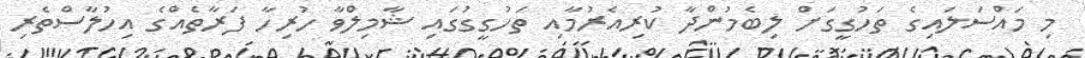
މި މައްސަލައިގެ ތަހުގީގަށް ލިބެމުންދާ ކުރިއެރުމާއި ތަހުގީގުގައި ޝާމިލްވާ ހުރިހާ ފަރާތެއްގެ އިހުލާސްތެރި